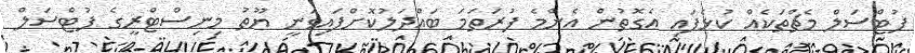
ފުޓްސަލް މެޗްތަކެއް ކުޅެފައި އެގޮތުން އެންމެ ފުރަތަމަ ބައްދަލުކޮށްފައިވަނީ ޔޫތު މިނިސްޓްރީގެ ފުޓްސަލް